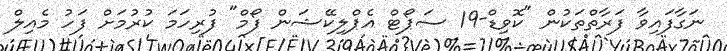
ނަގާފައިވާ ފަރާތްތަކުން "ކޮވިޑް-19 ސަޕޯޓް އެޕްލިކޭޝަން ފޯމް" ފުރިހަމަ ކުރުމަށް ފަހު މެއިލް